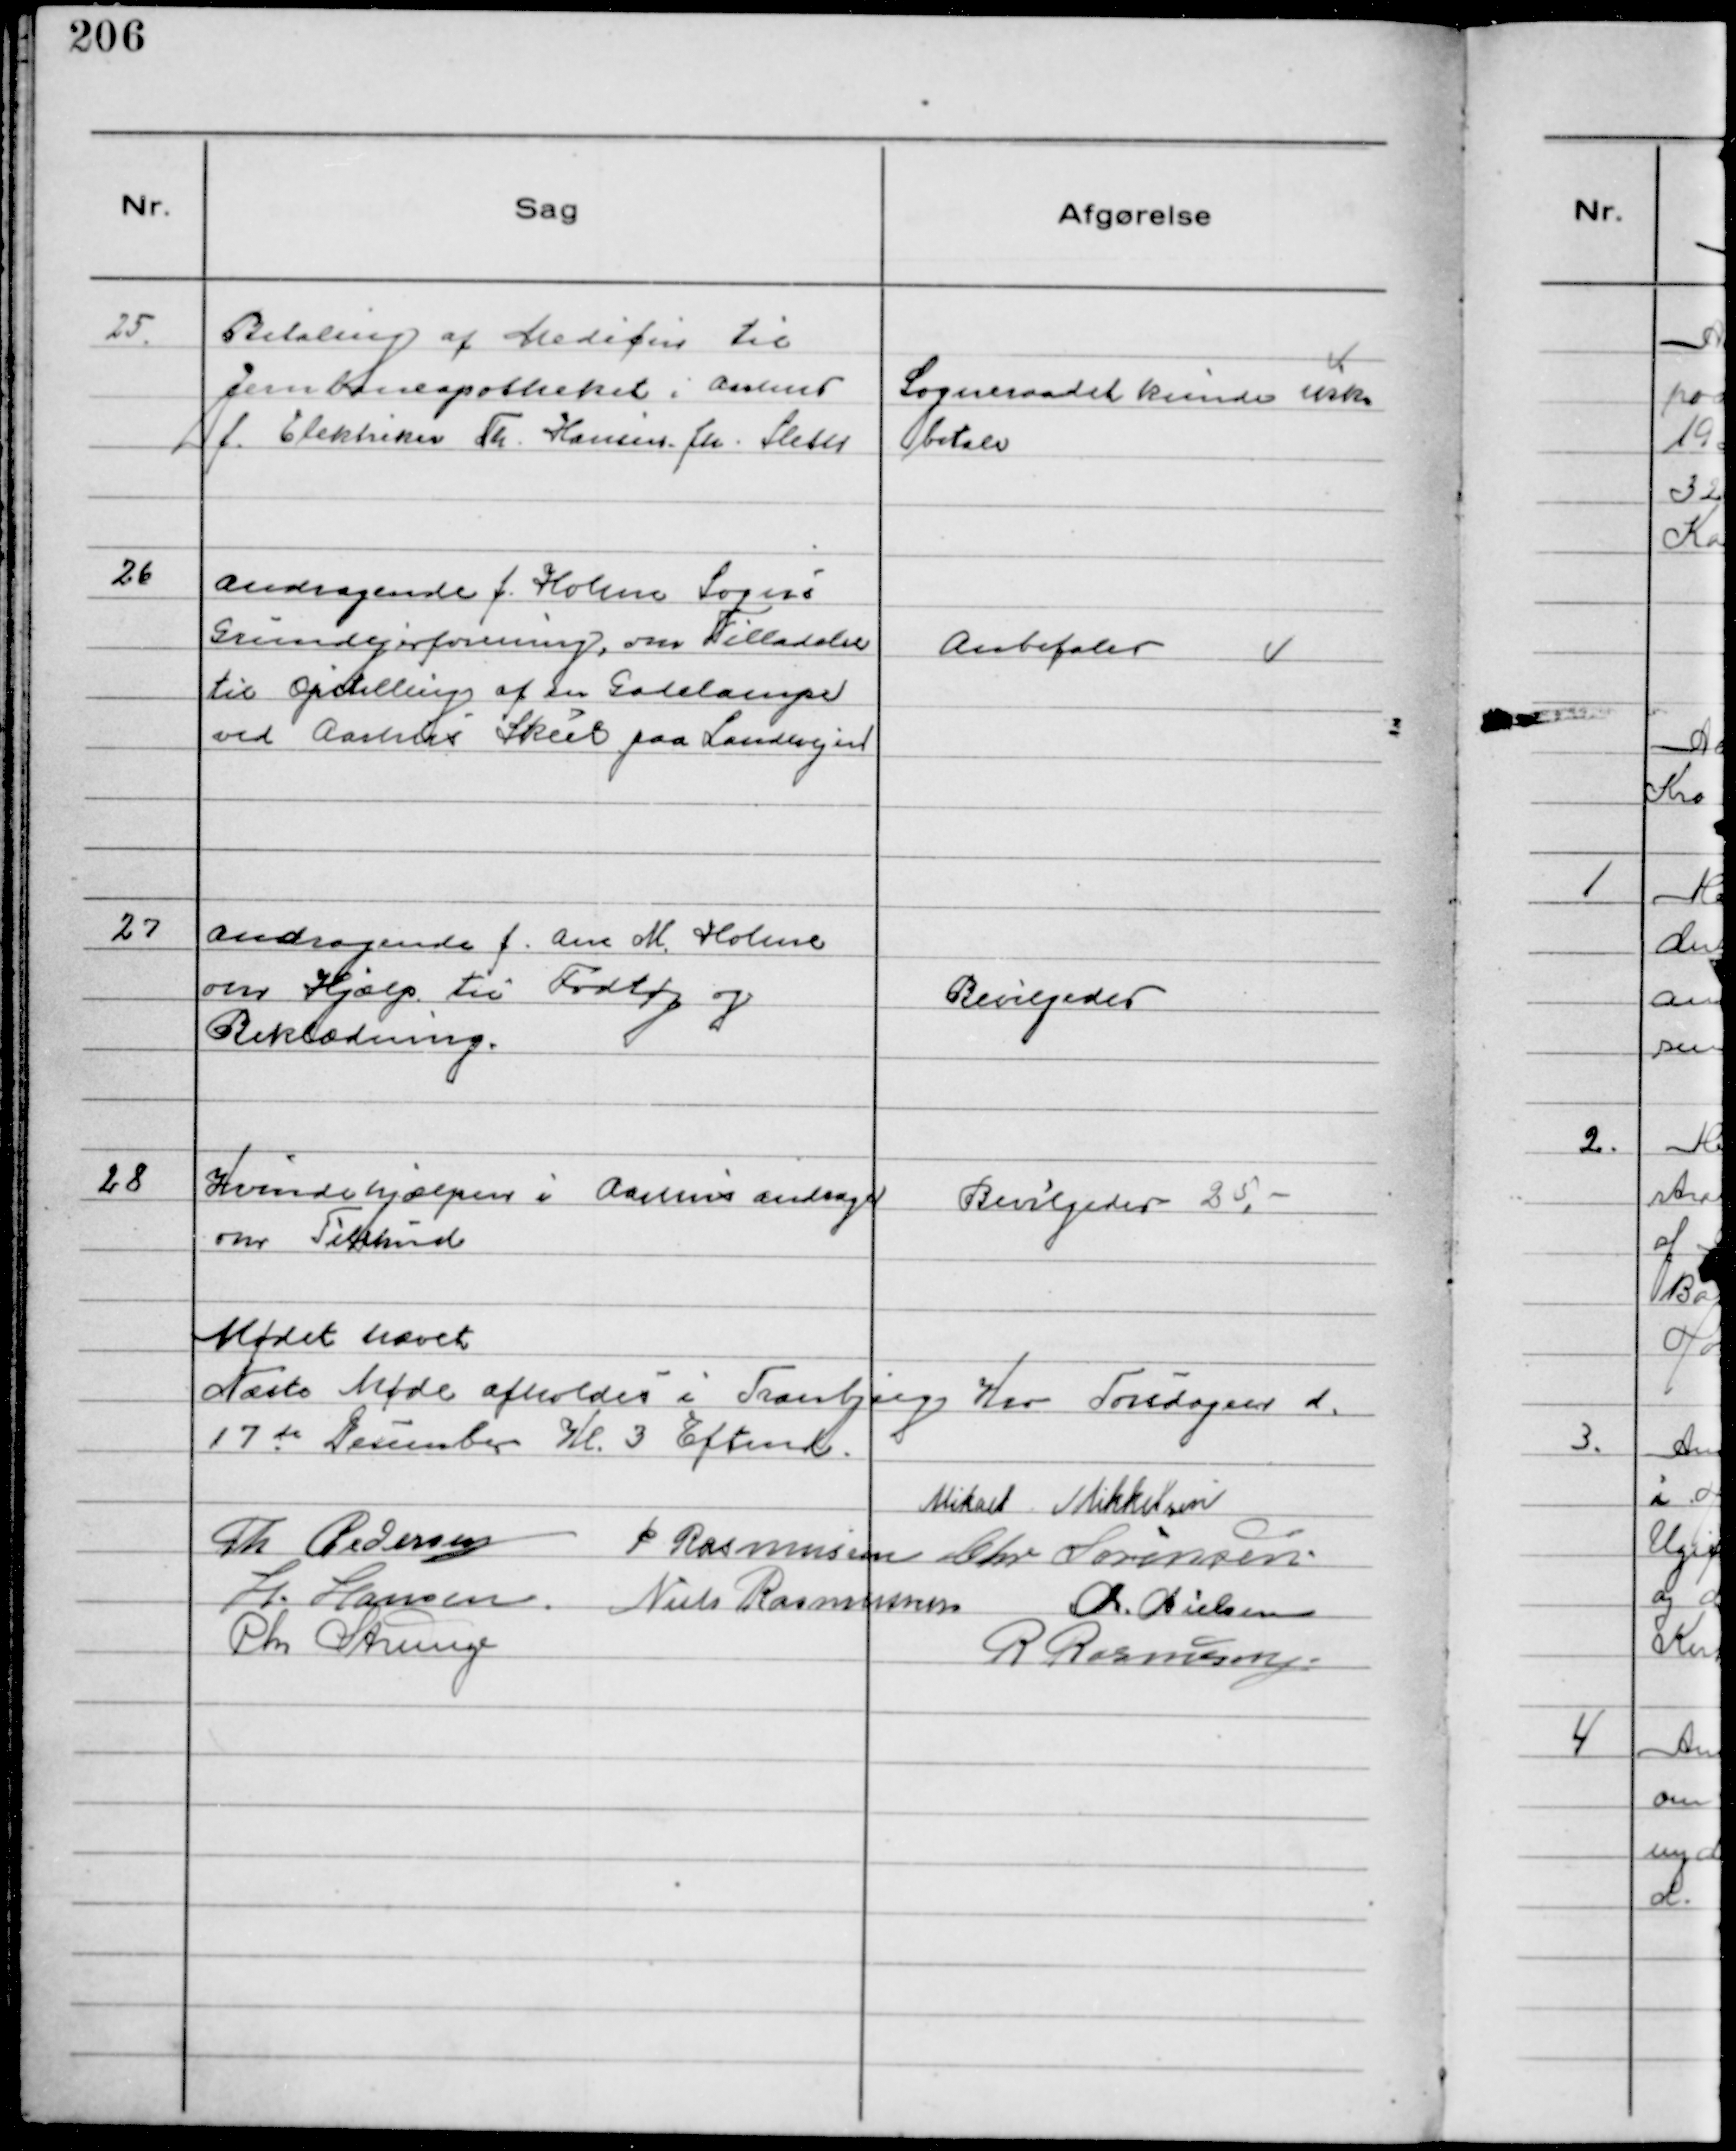
Transskription:
25.
Betaling af Medicin til
Jernbaneapotheket i Aarhus
f. Elektriker Th. Hansen fra Sleth

Sogneraadet kunde ikke
betale

26
Andragende f. Holme Sogns
Grundejerforening, om Tilladelse
til Opstilling af en Gadelampe
ved Aarhus Skilt paa Landevejen

Anbefales

27
Andragende f. Ane M. Holme
om Hjælp til Fodtøj og
Beklædning.

Bevilgedes

28
Kvindehjælpen i Aarhus andrager
om Tilskud

Bevilgedes 25, -

Mødet hævet
Næste Møde afholdes i Tranbjerg Kro Torsdagen d.
17de December Kl. 3 Eftemd.
Mikael Mikkelsen
Th Pedersen
P Rasmussen Chr Sørensen
H. Hansen. Niels Rasmussen Chr. Nielsen
Chr Strunge
R Rasmussen